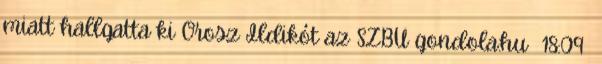
miatt hallgatta ki Orosz Ildikót az SZBU gondola.hu 18:09